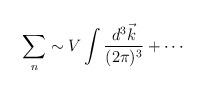
LaTeX: \begin{align*}\sum_n \sim V \int { d^3 \vec k\over (2\pi)^3} + \cdots\end{align*}